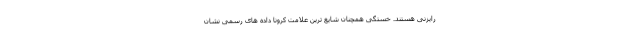
رایزنی هستند. خستگی همچنان شایع ترین علامت کرونا داده های رسمی نشان